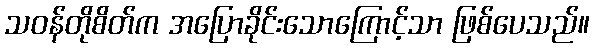
သဝန်တိုစိတ်က အပြောခိုင်းသောကြောင့်သာ ဖြစ်ပေသည်။